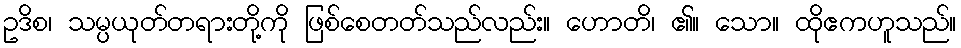
ဥဒိစ၊ သမ္ပယုတ်တရားတို့ကို ဖြစ်စေတတ်သည်လည်း။ ဟောတိ၊ ၏။ သော။ ထိုဧကဟူသည်။